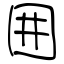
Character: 囲